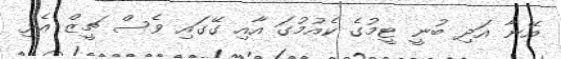
އޭނާ އަދި ބުނީ ޓީމުގެ ކެއުމުގަ އާއި ގޭގައި ވެސް ޗީޒް އެޅި